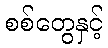
စစ်တွေနှင့်